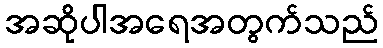
အဆိုပါအရေအတွက်သည်